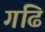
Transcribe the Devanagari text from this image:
गढि